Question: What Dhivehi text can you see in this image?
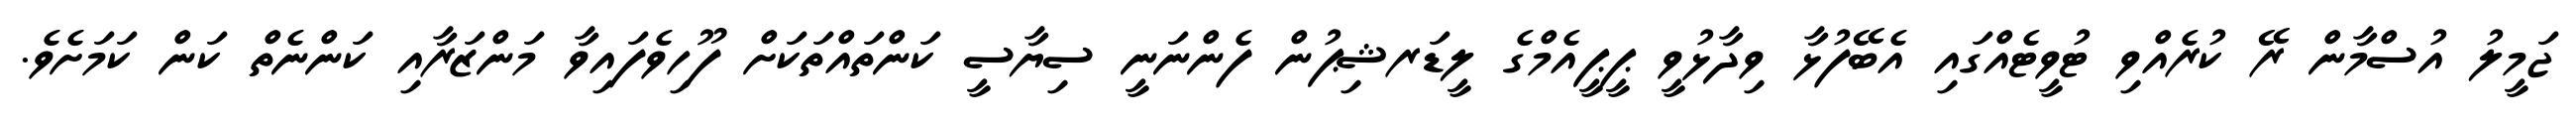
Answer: ޖަމީލު އުސްމާން ރޭ ކުރެއްވި ޓުވީޓެއްގައި އެބޭފުޅާ ވިދާޅުވީ ޕީޕީއެމްގެ ލީޑަރޝިޕުން ފެންނަނީ ސިޔާސީ ކަންތައްތަކަށް ފޫހިވެފައިވާ މަންޒަރާއި ކަންނެތް ކަން ކަމަށެވެ.